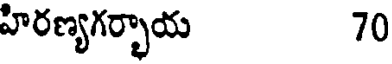
హిరణ్యగర్భాయ 70